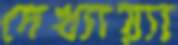
দেখ্যায়্যা